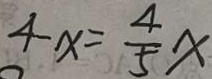
4 x = \frac { 4 } { 5 } x